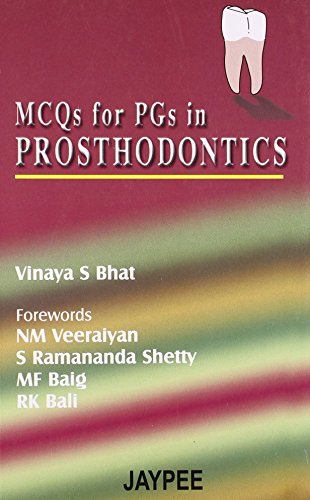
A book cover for MCQS for PGS in Prosthodontics, 2005; Bhat; Medical Books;